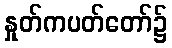
နှုတ်ကပတ်တော်၌